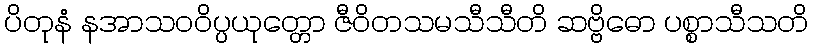
ပိတုနံ နအာသဝဝိပ္ပယုတ္တော ဇီဝိတသမသီသီတိ ဆဗ္ဗိဓော ပစ္စာသီသတိ